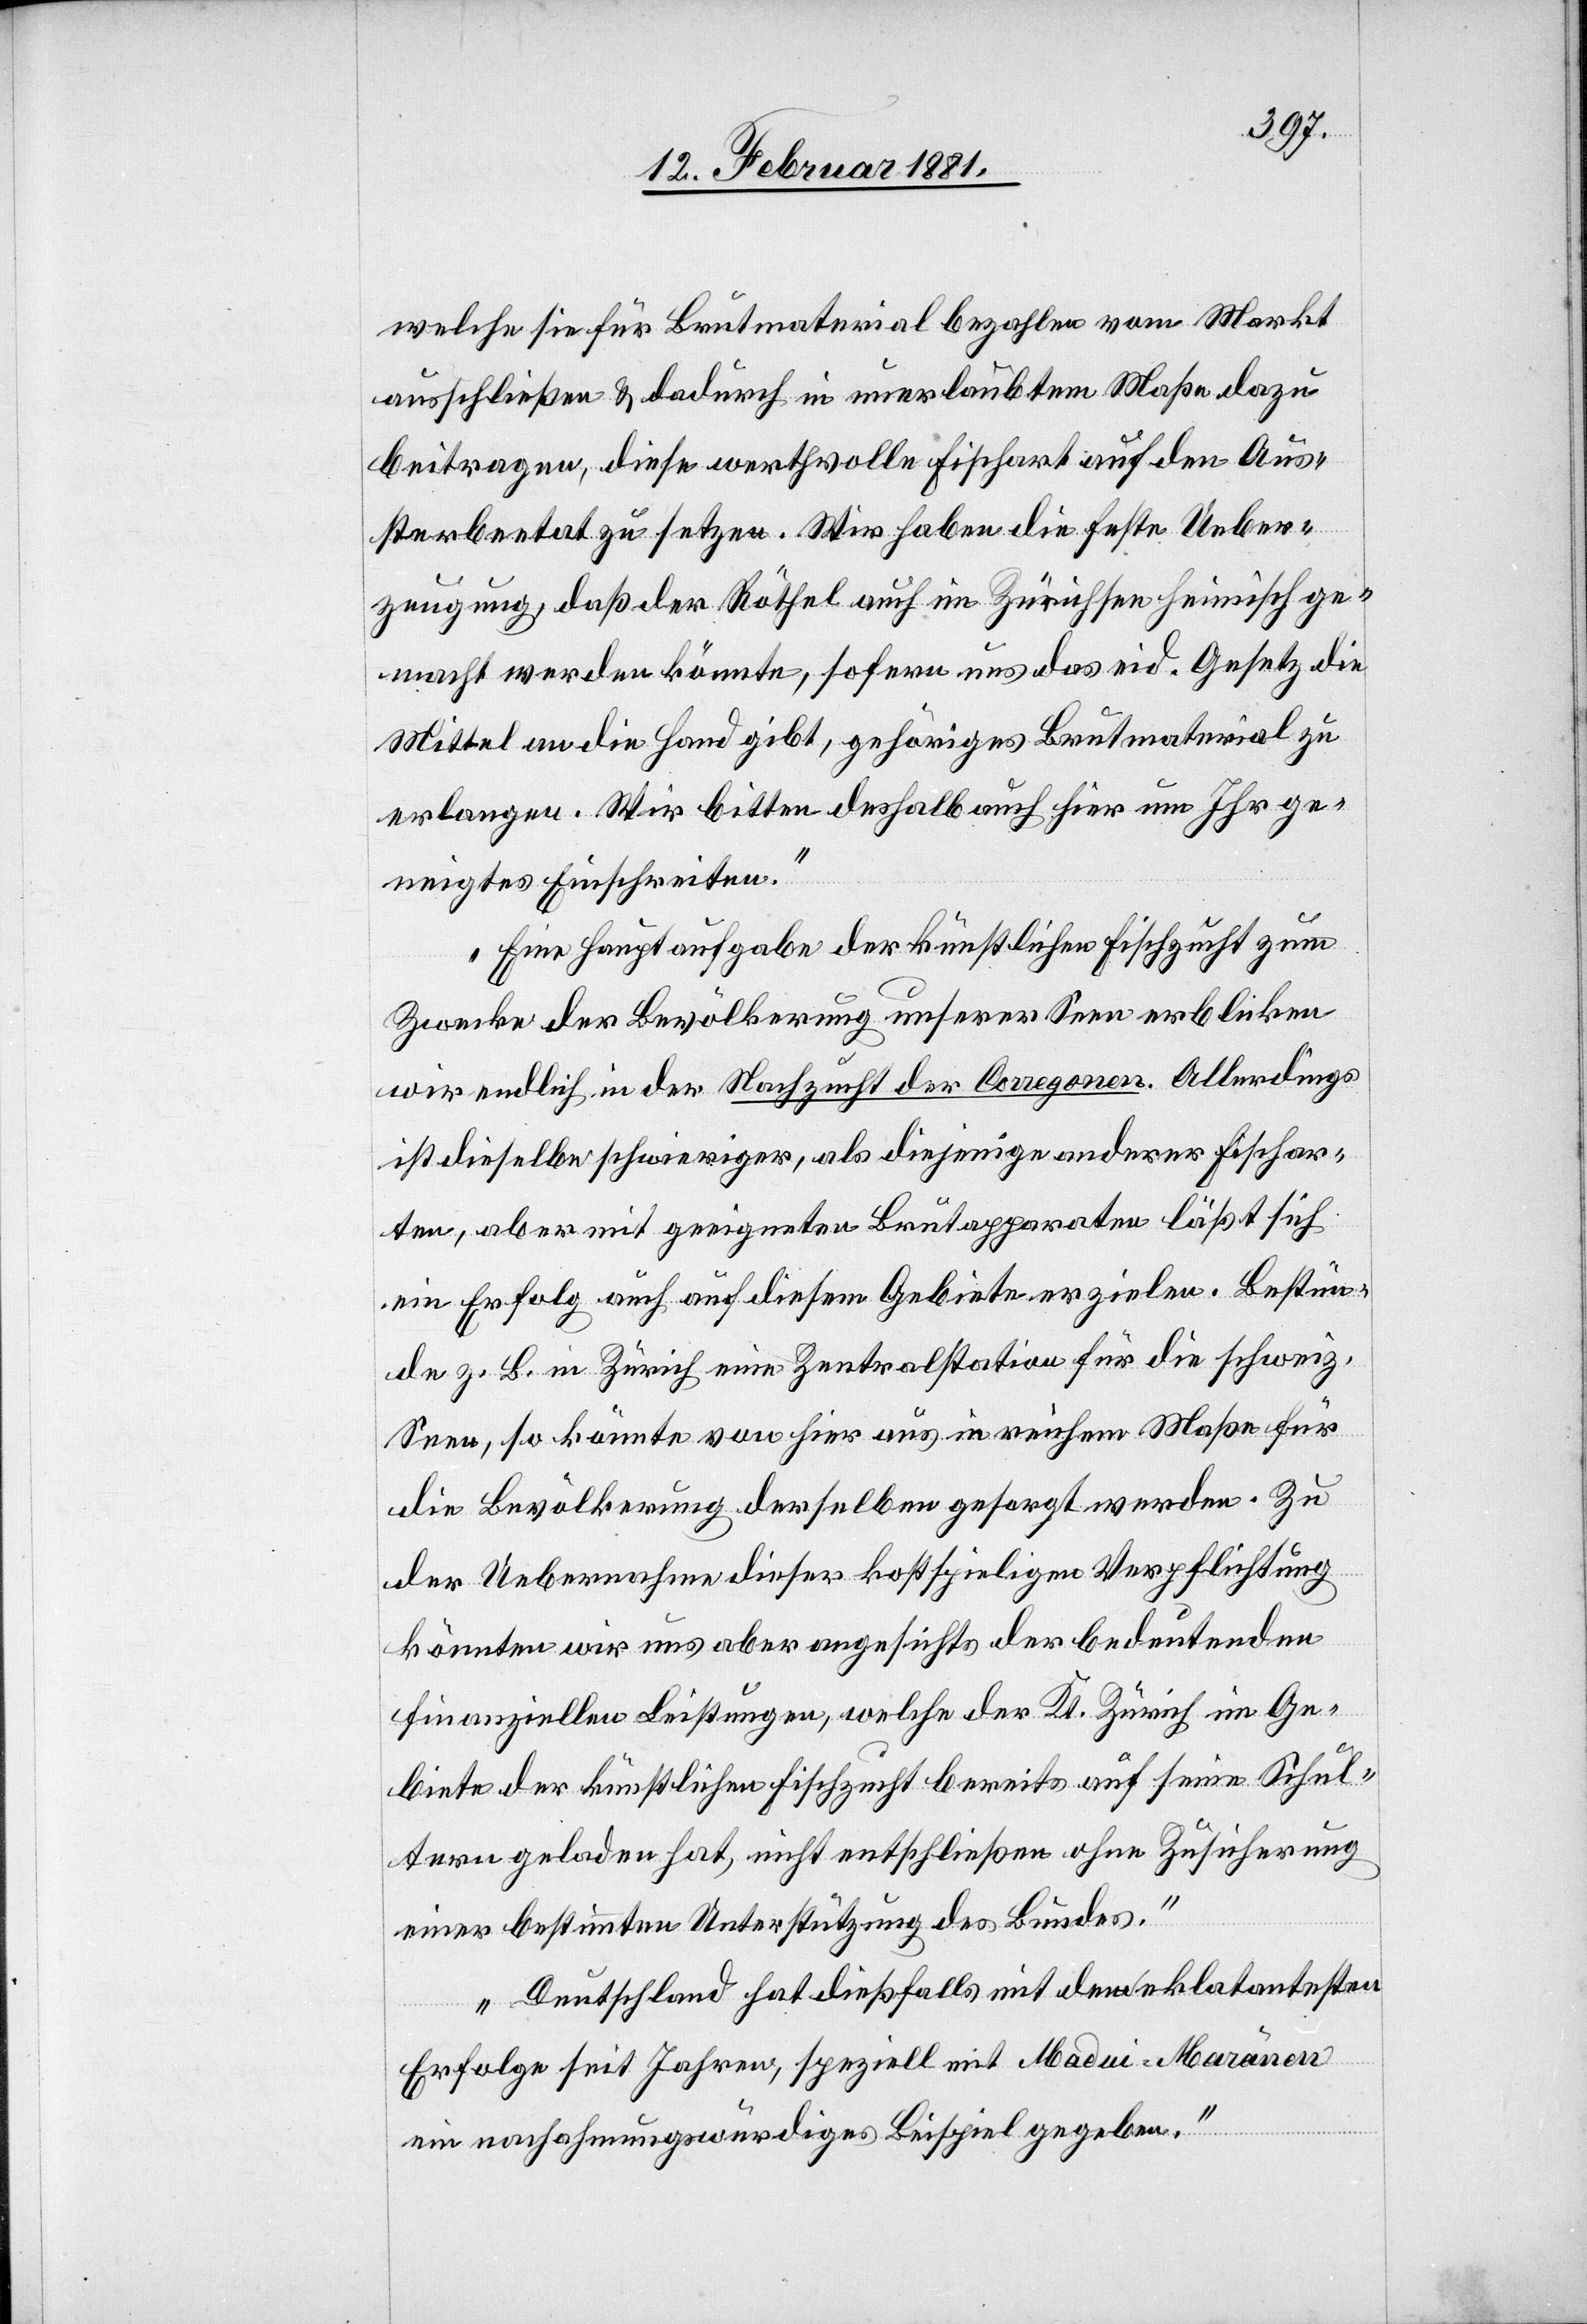
welche sie für Brutmaterial bezahlen vom Markt
ausschließen & dadurch in unerlaubtem Maße dazu
beitragen, diese werthvolle Fischart auf den Aus¬
sterbeetat zu setzen. Wir haben die feste Ueber¬
zeugung, daß der Röthel auch im Zürichsee heimisch ge¬
macht werden könnte, sofern uns das eid. Gesetz die
Mittel an die Hand gibt, gehöriges Brutmaterial zu
erlangen. Wir bitten deshalb auch hier um Ihr ge¬
neigtes Einschreiten.
Eine Hauptaufgabe der künstlichen Fischzucht zum
Zwecke der Bevölkerung unserer Seen erblicken
wir endlich in der Nachzucht der Coregonen. Allerdings
ist dieselbe schwieriger, als diejenige anderer Fischar¬
ten, aber mit geeigneten Brutapparaten läßt sich
ein Erfolg auch auf diesem Gebiete erzielen. Bestün¬
de z. B. in Zürich eine Zentralstation für die schweiz.
Seen, so könnte von hier aus in reichem Maße für
die Bevölkerung derselben gesorgt werden. Zu
der Uebernahme dieser kostspieligen Verpflichtung
könnten wir uns aber angesichts der bedeutenden
finanziellen Leistungen, welche der Kt. Zürich im Ge¬
biete der künstlichen Fischzucht bereits auf seine Schul¬
tern geladen hat, nicht entschließen ohne Zusicherung
einer bestimmten Unterstützung des Bundes.
Deutschland hat dießfalls mit dem eklatantesten
Erfolge seit Jahren, speziell mit Madui-Moränen
ein nachahmungswürdiges Beispiel gegeben.